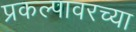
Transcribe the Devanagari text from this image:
प्रकल्पावरच्या